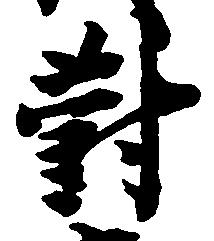
対